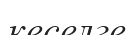
кеселге